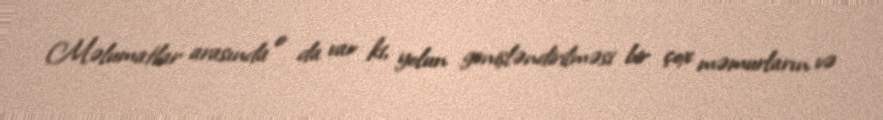
Məlumatlar arasında o da var ki, yolun genişləndirilməsi bir çox məmurların və